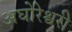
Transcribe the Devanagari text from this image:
अघोरेश्वरी